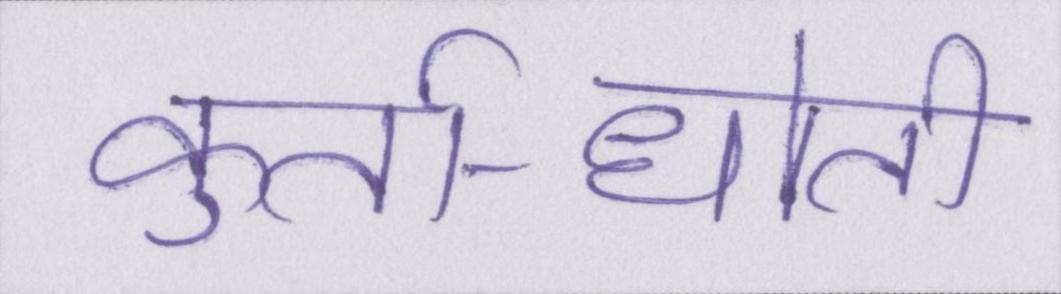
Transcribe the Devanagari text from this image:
कुर्ता-धोती